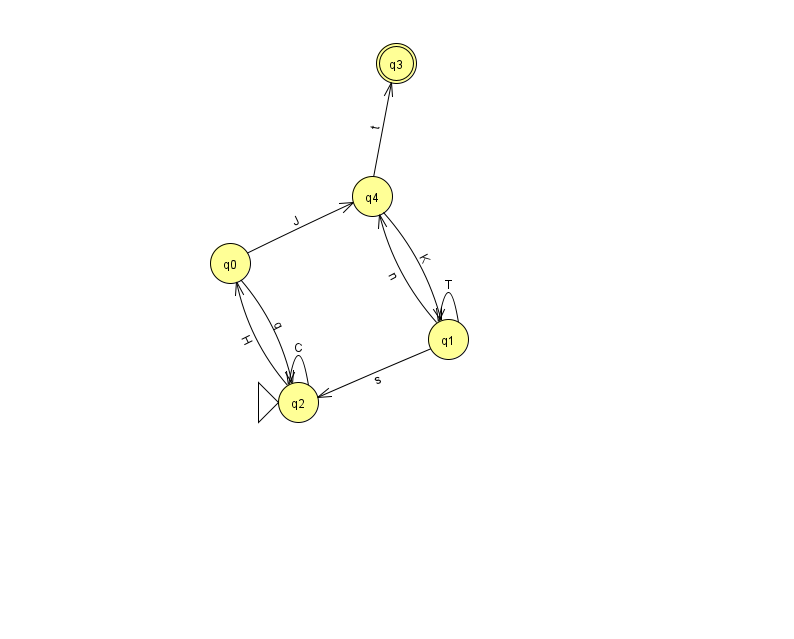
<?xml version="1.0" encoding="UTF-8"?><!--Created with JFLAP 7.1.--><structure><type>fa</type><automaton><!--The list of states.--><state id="0" name="q0"><x>230.0</x><y>250.0</y></state><state id="1" name="q1"><x>448.0</x><y>326.0</y></state><state id="2" name="q2"><x>298.0</x><y>389.0</y><initial/></state><state id="3" name="q3"><x>396.0</x><y>50.0</y><final/></state><state id="4" name="q4"><x>372.0</x><y>183.0</y></state><!--The list of transitions.--><transition><from>1</from><to>4</to><read>n</read></transition><transition><from>2</from><to>2</to><read>C</read></transition><transition><from>1</from><to>1</to><read>T</read></transition><transition><from>4</from><to>1</to><read>K</read></transition><transition><from>0</from><to>2</to><read>q</read></transition><transition><from>0</from><to>4</to><read>J</read></transition><transition><from>1</from><to>2</to><read>s</read></transition><transition><from>4</from><to>3</to><read>t</read></transition><transition><from>2</from><to>0</to><read>H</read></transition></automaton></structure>